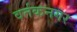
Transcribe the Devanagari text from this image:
वर्तकनगर